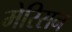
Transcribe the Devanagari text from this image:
मेरिसन